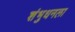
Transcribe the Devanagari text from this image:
शंभुधनला